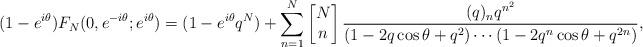
LaTeX: \begin{align*}(1-e^{i\theta})F_{N}(0,e^{-i\theta};e^{i\theta}) = (1-e^{i\theta}q^{N})+\sum_{n=1}^{N}\begin{bmatrix}N\\n\end{bmatrix}\frac{(q)_{n}q^{n^2}}{(1-2q\cos{\theta}+q^2) \cdots (1-2q^n\cos{\theta}+q^{2n})},\end{align*}